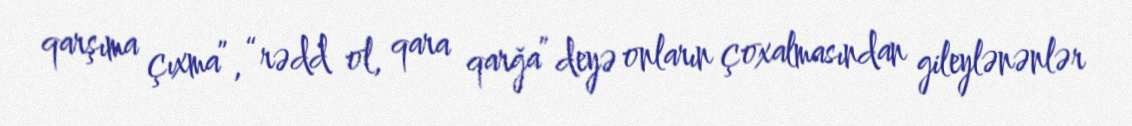
qarşıma çıxma”, “rədd ol, qara qarğa” deyə onların çoxalmasından gileylənənlər